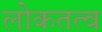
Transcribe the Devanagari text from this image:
लोकतत्‍व